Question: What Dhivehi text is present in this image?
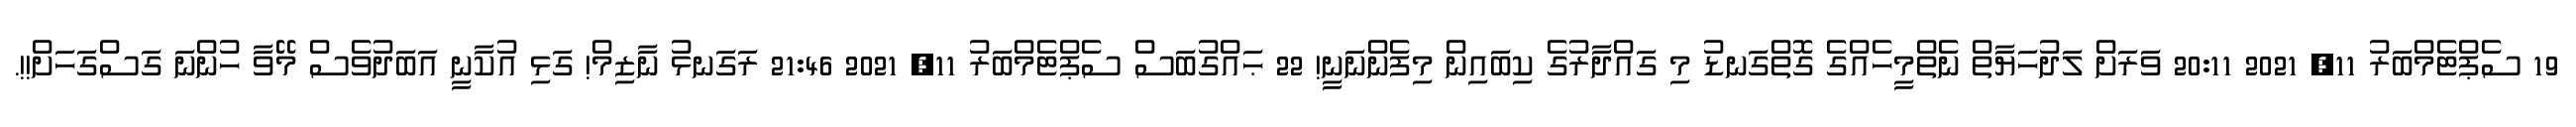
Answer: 19 ސެޕްޓެމްބަރު 11, 2021 20:11 ވަރަށް ލަދުހަޔާތް ނެތްމީހެއްގެ ގޮތްގަނޑު މި ގައްދާރުގެ ކިބައިން މިފެންނަނީ! 22 ޙައްގުބަސް ސެޕްޓެމްބަރު 11, 2021 21:46 ރަގަނޅު ނާޒިމް! ގަޅި އުކާނީ އަބަދުވެސް މޭވާ ހުންނަ ގަސްގަހަށް!!.